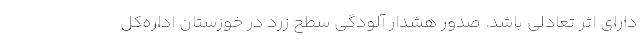
دارای اثر تعادلی باشد. صدور هشدار آلودگی سطح زرد در خوزستان اداره‌کل